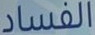
الفساد